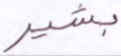
بشير